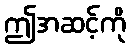
ဤအဆင့်ကို